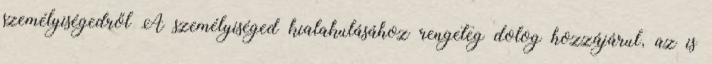
személyiségedről A személyiséged kialakulásához rengeteg dolog hozzájárul, az is